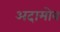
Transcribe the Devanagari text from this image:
अदामोव